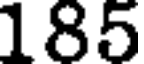
185